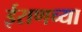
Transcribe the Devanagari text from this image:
ईराणच्या